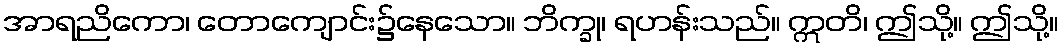
အာရညိကော၊ တောကျောင်း၌နေသော။ ဘိက္ခု၊ ရဟန်းသည်။ ဣတိ၊ ဤသို့။ ဤသို့။